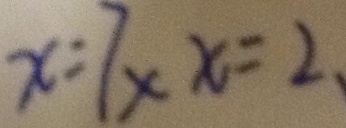
x : 7 \times x = 2 .